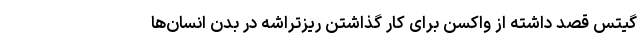
گیتس قصد داشته از واکسن برای کار گذاشتن ریزتراشه در بدن انسان‌ها